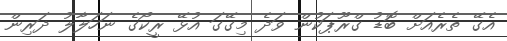
އެގޭ ތެރެއަށް ބޮޑު ގްރޫޕަކުން ވަދެ މިގޭގަ އުޅޭ ރީކޯގެ ނަހަލާލު ދަރިން